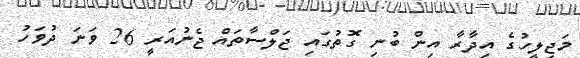
މަޖިލީހުގެ އިދާރާ އިން ބުނި ގޮތުގައި ޖަލްސާތައް ޖެނުއަރީ 26 ވަނަ ދުވަހު